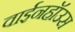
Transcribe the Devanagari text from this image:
वाईनहॉउस